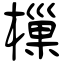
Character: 樔